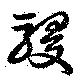
駸